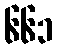
၆၆၁